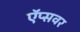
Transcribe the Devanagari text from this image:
ऍप्सवर